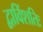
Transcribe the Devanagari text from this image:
द्वाविंशतिः